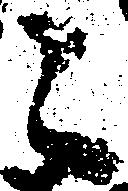
之